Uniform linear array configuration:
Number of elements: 4
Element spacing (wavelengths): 0.75
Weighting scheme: binomial
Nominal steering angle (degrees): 60
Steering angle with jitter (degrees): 59.848
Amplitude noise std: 0.05
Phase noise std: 0.05

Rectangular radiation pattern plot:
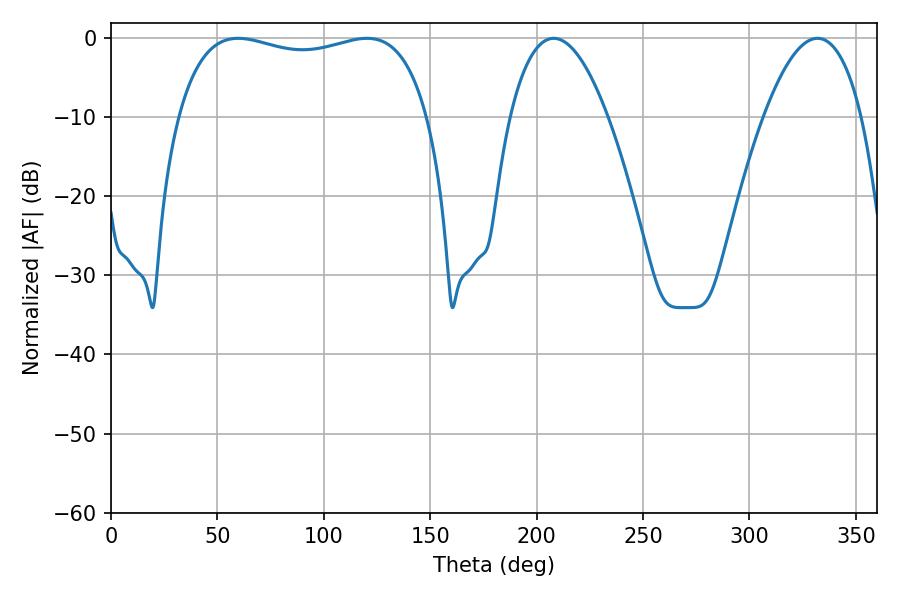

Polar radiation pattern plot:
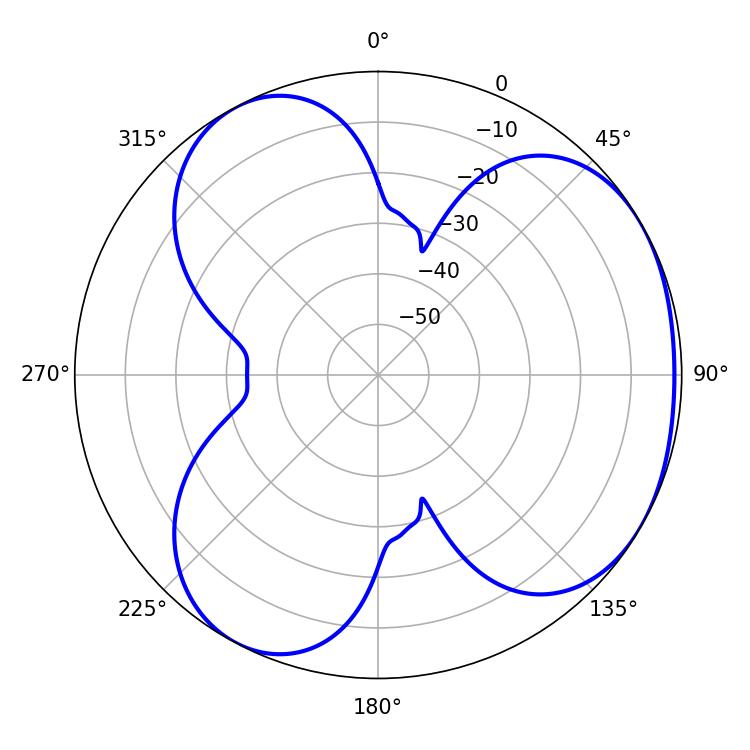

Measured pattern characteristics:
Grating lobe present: TRUE
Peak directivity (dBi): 3.691
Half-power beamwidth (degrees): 95.76
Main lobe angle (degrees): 59.76